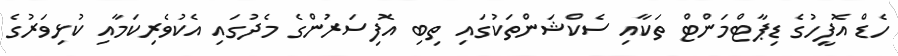
ހެޑް އޮފީހުގެ ޑިޕާޓްމަންޓް ތަކާއި ސެކްޝަންތަކުގައި ތިބި އޮފިސަރުންގެ މެދުގައި އެކުވެރިކަމާއި ކުޅިވަރުގެ